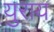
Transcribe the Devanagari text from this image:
युराय